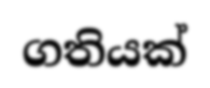
ගතියක්